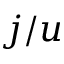
j / u